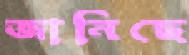
জানিছে